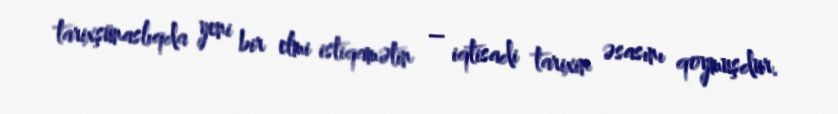
tarixşünaslıqda yeni bir elmi istiqamətin – iqtisadi tarixin əsasını qoymuşdur.